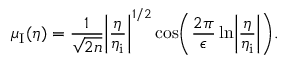
\mu _ { \mathrm { I } } ( \eta ) = \frac { 1 } { \sqrt { 2 n } } \biggl \vert \frac { \eta } { \eta _ { \mathrm { i } } } \biggr \vert ^ { 1 / 2 } \cos \biggl ( \frac { 2 \pi } { \epsilon } \ln \biggl \vert \frac { \eta } { \eta _ { \mathrm { i } } } \biggr \vert \biggr ) .